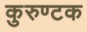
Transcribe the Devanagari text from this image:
कुरुण्टक